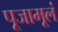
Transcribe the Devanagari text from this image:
पूजामूलं